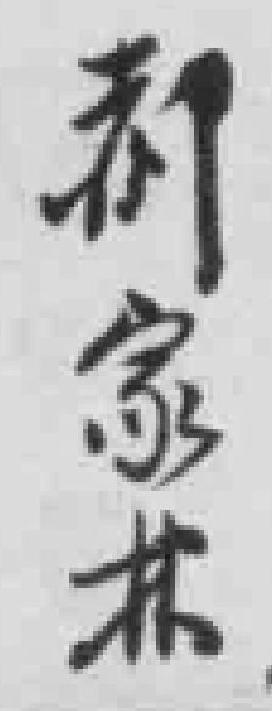
郝家林